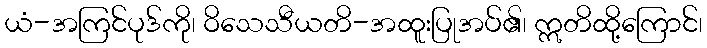
ယံ-အကြင်ပုဒ်ကို၊ ဝိသေသီယတိ-အထူးပြုအပ်၏၊ ဣတိထို့ကြောင်၊